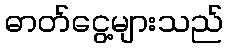
ဓာတ်ငွေ့များသည်